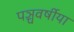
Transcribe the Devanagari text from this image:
पञ्चवर्षीया